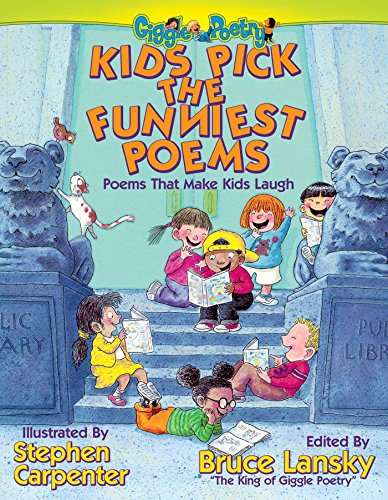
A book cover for Kids Pick The Funniest Poems; Humor & Entertainment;